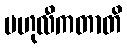
ဗဟုလီကတာတိ